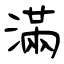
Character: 滿